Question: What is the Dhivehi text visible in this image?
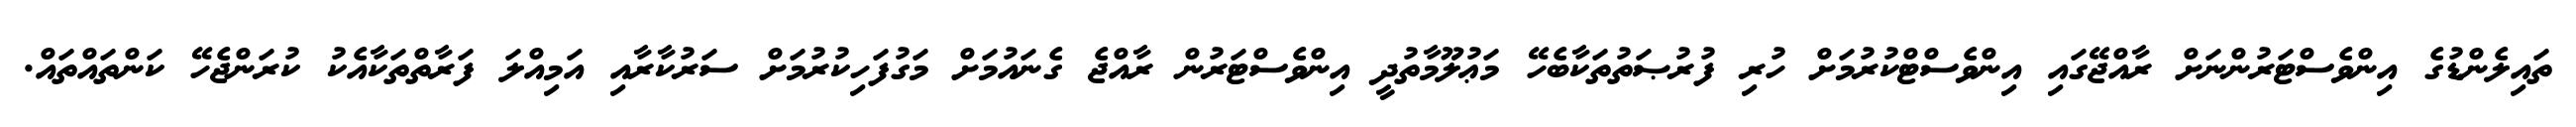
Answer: ތައިލެންޑުގެ އިންވެސްޓަރުންނަށް ރާއްޖޭގައި އިންވެސްޓްކުރުމަށް ހުރި ފުރުޞަތުތަކާބެހޭ މަޢުލޫމާތުދީ އިންވެސްޓަރުން ރާއްޖެ ގެނައުމަށް މަގުފަހިކުރުމަށް ސަރުކާރާއި އަމިއްލަ ފަރާތްތަކާއެކު ކުރަންޖެހޭ ކަންތައްތައް.